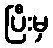
ပြီးမှ